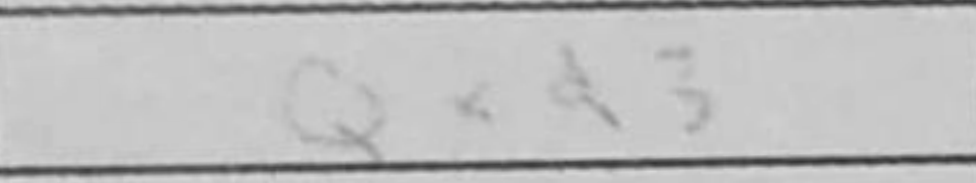
Transcription: Qxd3